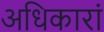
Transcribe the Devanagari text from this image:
अधिकारां